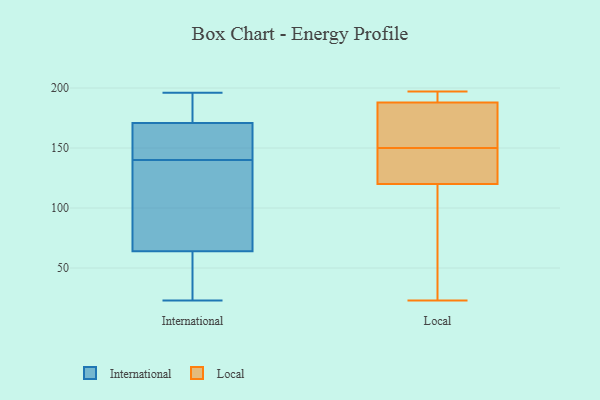
{"axis": {"x": "Operating Costs (USD K)", "y": "Value"}, "legend": ["International", "Local"], "data": [{"x": "", "y": 85, "type": "International"}, {"x": "", "y": 98, "type": "International"}, {"x": "", "y": 49, "type": "International"}, {"x": "", "y": 140, "type": "International"}, {"x": "", "y": 183, "type": "International"}, {"x": "", "y": 186, "type": "International"}, {"x": "", "y": 174, "type": "International"}, {"x": "", "y": 161, "type": "International"}, {"x": "", "y": 23, "type": "International"}, {"x": "", "y": 57, "type": "International"}, {"x": "", "y": 113, "type": "International"}, {"x": "", "y": 142, "type": "International"}, {"x": "", "y": 25, "type": "International"}, {"x": "", "y": 196, "type": "International"}, {"x": "", "y": 160, "type": "International"}, {"x": "", "y": 188, "type": "Local"}, {"x": "", "y": 175, "type": "Local"}, {"x": "", "y": 61, "type": "Local"}, {"x": "", "y": 167, "type": "Local"}, {"x": "", "y": 56, "type": "Local"}, {"x": "", "y": 178, "type": "Local"}, {"x": "", "y": 23, "type": "Local"}, {"x": "", "y": 132, "type": "Local"}, {"x": "", "y": 191, "type": "Local"}, {"x": "", "y": 196, "type": "Local"}, {"x": "", "y": 188, "type": "Local"}, {"x": "", "y": 135, "type": "Local"}, {"x": "", "y": 197, "type": "Local"}, {"x": "", "y": 120, "type": "Local"}, {"x": "", "y": 137, "type": "Local"}, {"x": "", "y": 84, "type": "Local"}, {"x": "", "y": 163, "type": "Local"}, {"x": "", "y": 124, "type": "Local"}]}